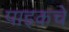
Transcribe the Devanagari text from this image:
पाइकचे